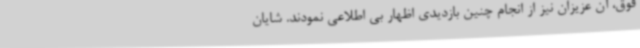
فوق، آن عزیزان نیز از انجام چنین بازدیدی اظهار بی اطلاعی نمودند. شایان